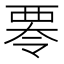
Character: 𮗁